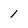
Character: 1